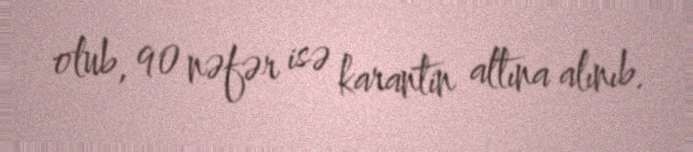
olub, 90 nəfər isə karantin altına alınıb.